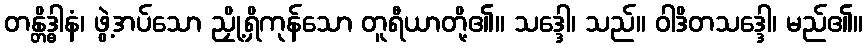
တန္တိဒ္ဓါနံ၊ ဖွဲ့အပ်သော ညှို့ရှိကုန်သော တူရီယာတို့၏။ သဒ္ဒေါ၊ သည်။ ဝါဒိတသဒ္ဒေါ၊ မည်၏။